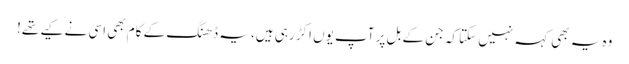
وہ یہ بھی کہہ نہیں سکتا کہ جن کے بل پر آپ یوں اکڑ رہی ہیں، یہ ڈھنگ کے کام بھی اسی نے کیے تھے!